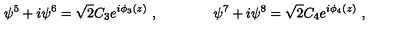
\psi ^ { 5 } + i \psi ^ { 6 } = \sqrt 2 C _ { 3 } e ^ { i \phi _ { 3 } ( z ) } \ , \qquad \qquad \psi ^ { 7 } + i \psi ^ { 8 } = \sqrt 2 C _ { 4 } e ^ { i \phi _ { 4 } ( z ) } \ ,